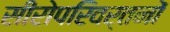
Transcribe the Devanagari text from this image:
सीरोपरिवर्तनों